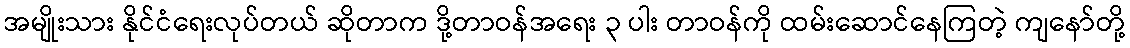
အမျိုးသား နိုင်ငံရေးလုပ်တယ် ဆိုတာက ဒို့တာဝန်အရေး ၃ ပါး တာဝန်ကို ထမ်းဆောင်နေကြတဲ့ ကျနော်တို့